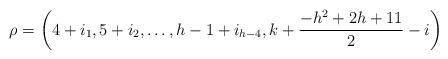
LaTeX: \begin{align*}\rho=\left(4+i_1,5+i_2,\dots,h-1+i_{h-4},k+\frac{-h^2+2h+11}{2}-i\right)\end{align*}